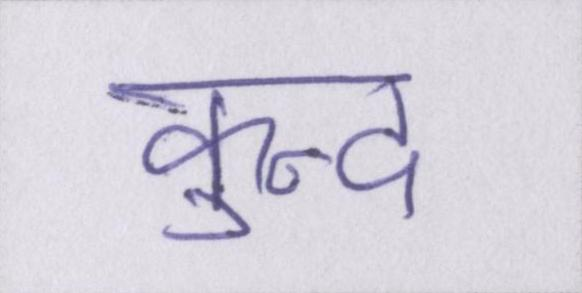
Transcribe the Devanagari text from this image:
कुन्द